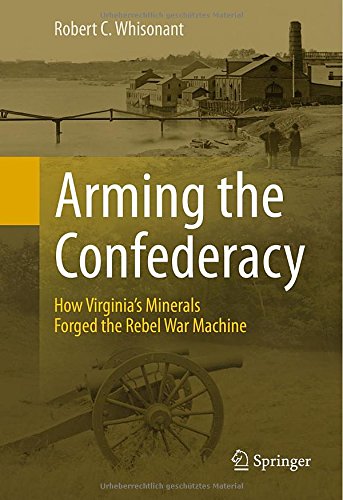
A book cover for Arming the Confederacy: How Virginia's Minerals Forged the Rebel War Machine; Robert C. Whisonant; Science & Math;